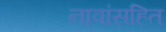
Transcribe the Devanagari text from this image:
नावांसहित